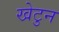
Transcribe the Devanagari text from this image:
खेटुन